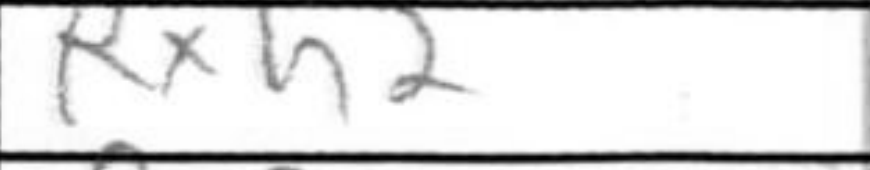
Transcription: Rxh2